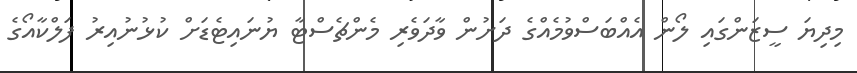
މިދިޔަ ސީޒަންގައި ލޯން އެއްބަސްވުމެއްގެ ދަށުން ވާދަވެރި މެންޗެސްޓާ ޔުނައިޓެޑަށް ކުޅުނުއިރު ފަލްކާއޯގެ